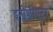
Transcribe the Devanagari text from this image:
इनीशीएटर